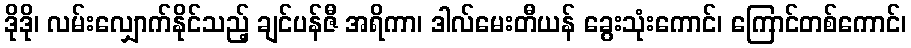
ဒိုဒို၊ လမ်းလျှောက်နိုင်သည့် ချင်ပန်ဇီ အရိကာ၊ ဒါလ်မေးတီယန် ခွေးသုံးကောင်၊ ကြောင်တစ်ကောင်၊